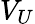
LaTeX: V_{U}